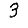
Digit: 3